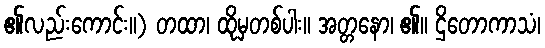
၏လည်းကောင်း။) တထာ၊ ထိုမှတစ်ပါး။ အတ္တနော၊ ၏။ ဌိတောကာသံ၊